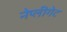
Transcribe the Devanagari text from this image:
नेप्लीगेट